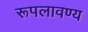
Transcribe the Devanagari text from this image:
रूपलावण्य